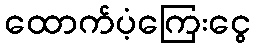
ထောက်ပံ့ကြေးငွေ